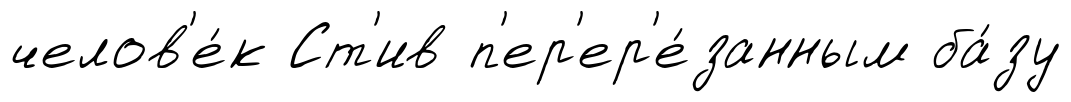
челов'е́к Ст'ив п'ер'ер'е́занным ба́зу